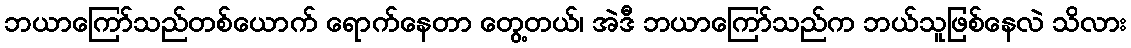
ဘယာကြော်သည်တစ်ယောက် ရောက်နေတာ တွေ့တယ်၊ အဲဒီ ဘယာကြော်သည်က ဘယ်သူဖြစ်နေလဲ သိလား